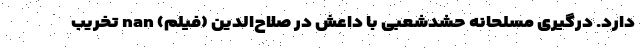
دارد. درگیری مسلحانه حشد‌شعبی با داعش در صلاح‌الدین (فیلم) nan تخریب